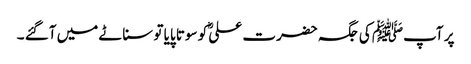
پر آپﷺ کی جگہ حضرت علیؓ کو سوتا پایا تو سناٹے میں آگئے ۔